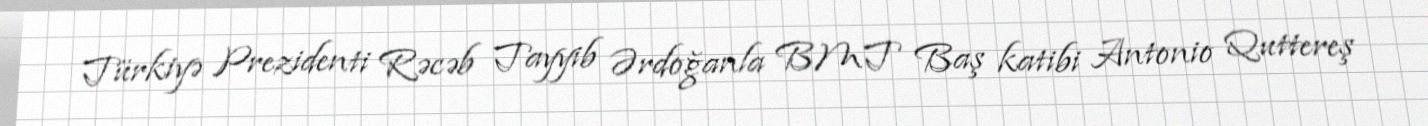
Türkiyə Prezidenti Rəcəb Tayyib Ərdoğanla BMT Baş katibi Antonio Quttereş